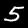
Digit: 5